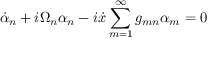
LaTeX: \dot { \alpha } _ { n } + i \Omega _ { n } \alpha _ { n } - i \dot { x } \sum _ { m = 1 } ^ { \infty } g _ { m n } \alpha _ { m } = 0